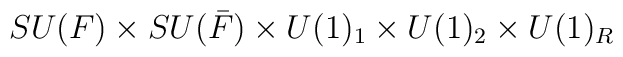
SU(F) \times SU(\bar{F}) \times U(1)_1 \times U(1)_2 \times U(1)_R